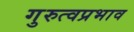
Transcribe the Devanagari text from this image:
गुरुत्वप्रभाव